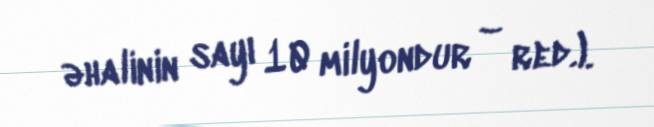
əhalinin sayı 10 milyondur – red.).